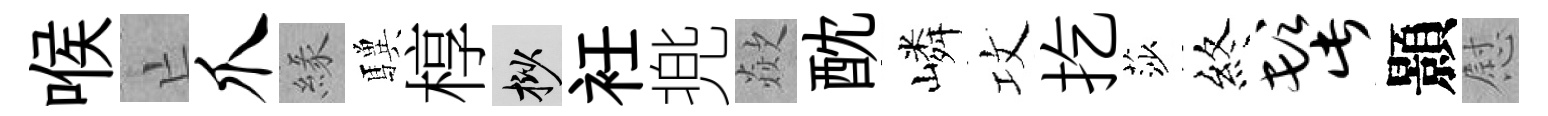
喉亡爪緣驥椁挲衽兠歘酖嶙攻扢莎終髭顥慰